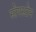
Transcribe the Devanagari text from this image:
स्टेपस्टोन